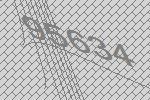
95634